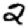
Digit: 2